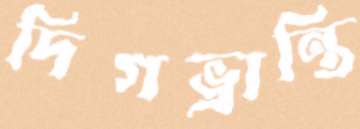
দিগভ্রান্তি